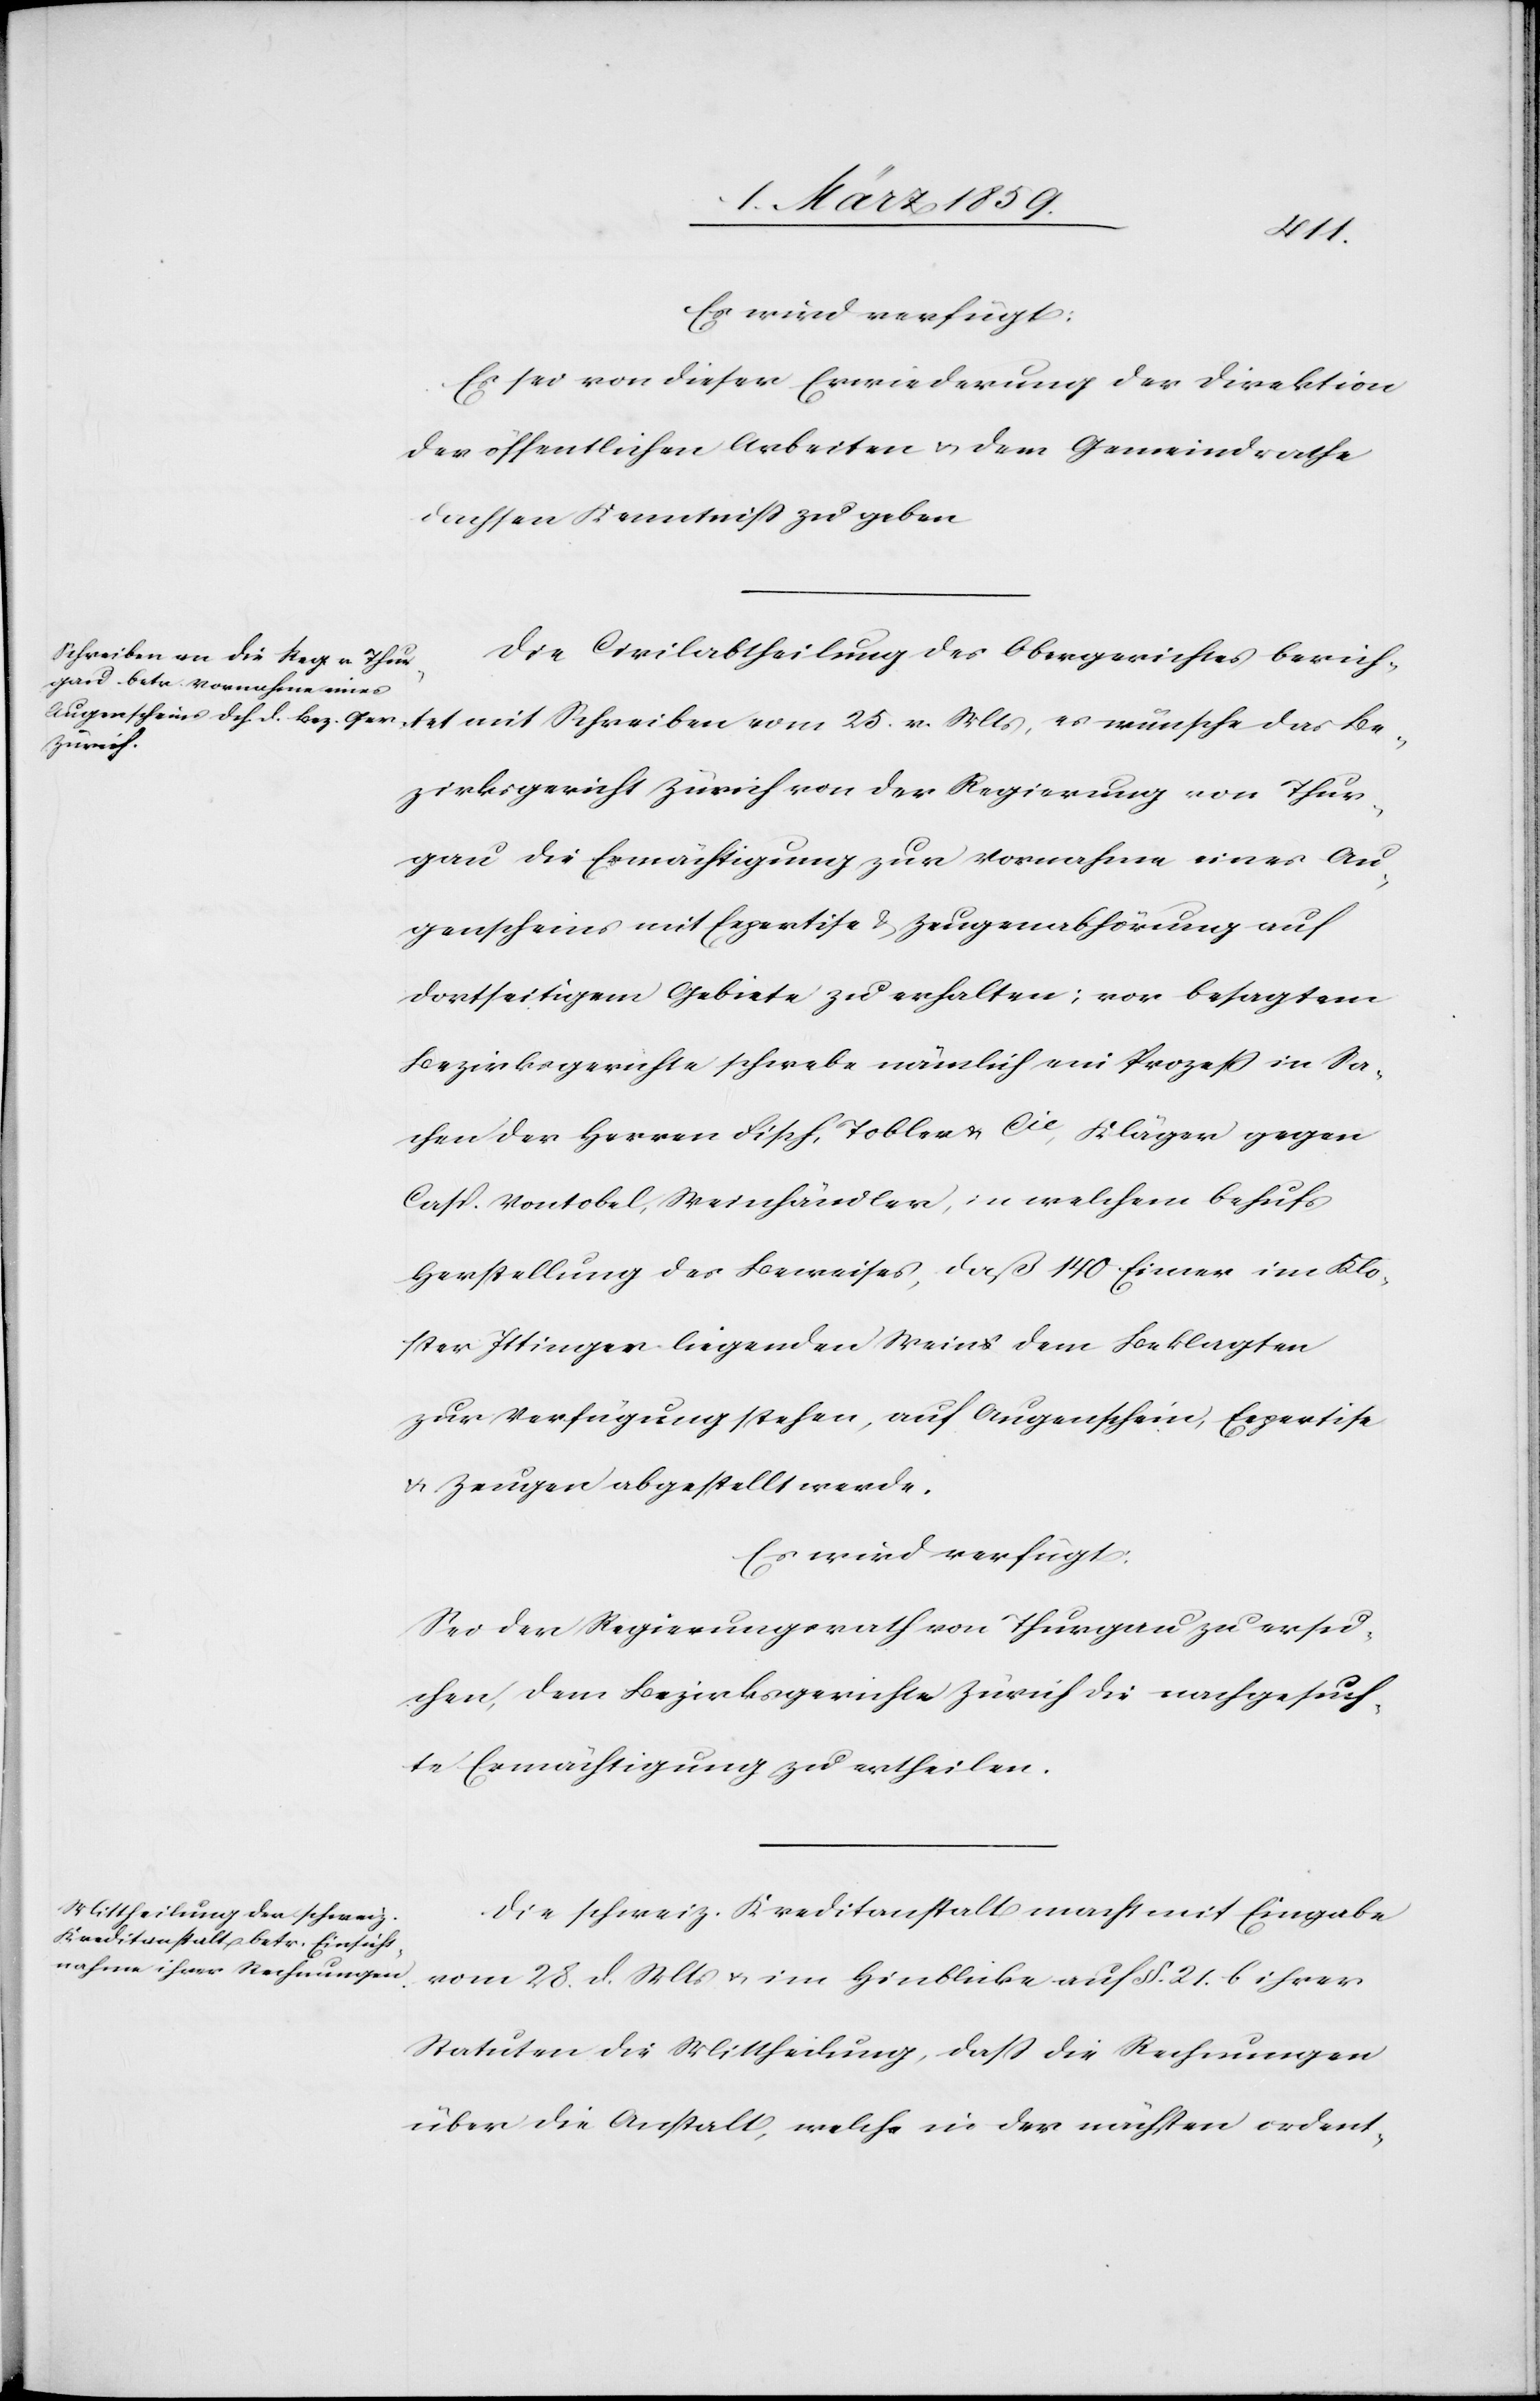
mit
Es wird verfügt:
Es sei von dieser Erwiederung der Direktion
der öffentlichen Arbeiten & dem Gemeindrathe
Dachsen Kenntniß zu geben.
Die Civilabtheilung des Obergerichtes berich¬
Bezirksgericht Zürich von der Regierung von Thur¬
gau die Ermächtigung zur Vornahme eines Au¬
genscheins mit Expertise & Zeugenabhörung auf
dortseitigem Gebiete zu erhalten; vor besagtem
Bezirksgerichte schwebe nämlich ein Prozeß in Sa¬
chen der Herren Fisch, Tobler & Cie, Kläger gegen
Casp. Vontobel, Weinhändler, in welchem behufs
Herstellung des Beweises, daß 140 Eimer im Klo¬
ster Ittingen liegenden Weins dem Beklagten
zur Verfügung stehen, auf Augenschein, Expertise
& Zeugen abgestellt werde.
Es wird verfügt:
Sei der Regierungsrath von Thurgau zu ersu¬
chen, dem Bezirksgerichte Zürich die nachgesuch¬
te Ermächtigung zu ertheilen.
Die schweiz. Kreditanstalt macht mit Eingabe
vom 28. d. Mts u. im Hinblicke auf §. 21. b ihrer
Statuten die Mittheilung, daß die Rechnungen
über die Anstalt, welche in der nächsten ordent-